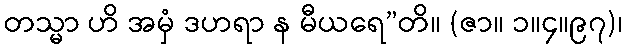
တသ္မာ ဟိ အမှံ ဒဟရာ န မီယရေ”တိ။ (ဇာ။ ၁။၄။၉၇)၊